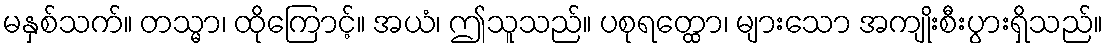
မနှစ်သက်။ တသ္မာ၊ ထိုကြောင့်။ အယံ၊ ဤသူသည်။ ပစုရတ္ထော၊ များသော အကျိုးစီးပွားရှိသည်။